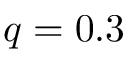
q = 0 . 3